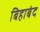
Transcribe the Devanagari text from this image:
बिहाबंद